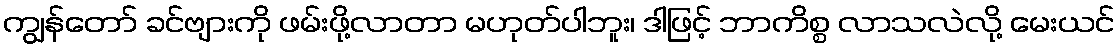
ကျွန်တော် ခင်ဗျားကို ဖမ်းဖို့လာတာ မဟုတ်ပါဘူး၊ ဒါဖြင့် ဘာကိစ္စ လာသလဲလို့ မေးယင်